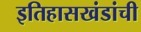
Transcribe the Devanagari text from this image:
इतिहासखंडांची